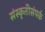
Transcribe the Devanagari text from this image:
संस्कृतीसंपर्क